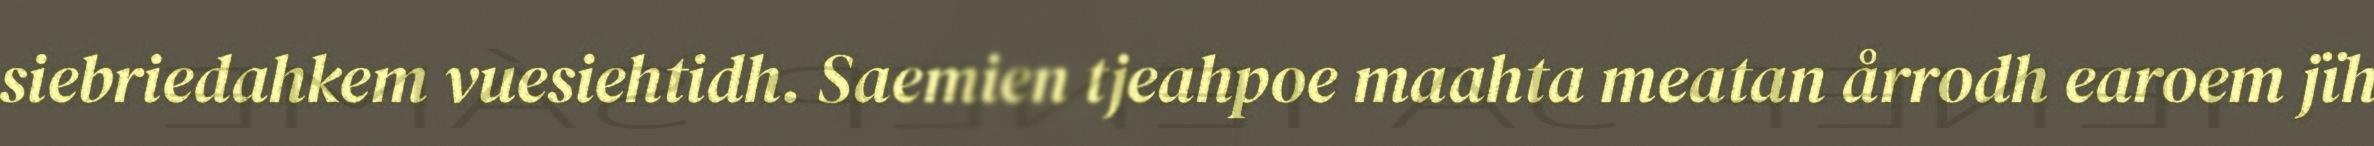
siebriedahkem vuesiehtidh. Saemien tjeahpoe maahta meatan årrodh earoem jïh